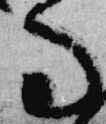
寺